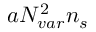
a \ensuremath { N _ { v a r } } ^ { 2 } \ensuremath { n _ { s } }